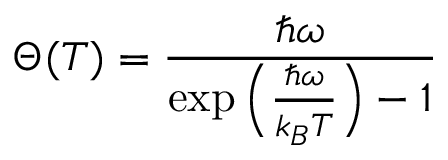
\Theta ( T ) = \frac { \hbar \omega } { \exp \Big ( \frac { \hbar \omega } { k _ { B } T } \Big ) - 1 }